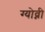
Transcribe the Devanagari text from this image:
ग्योव्नी